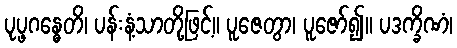
ပုပ္ဖဂန္ဓေတိ၊ ပန်းနံ့သာတို့ဖြင့်။ ပူဇေတွာ၊ ပူဇော်၍။ ပဒက္ခိဏံ၊